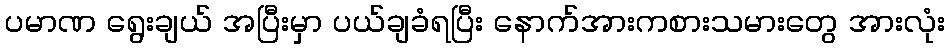
ပမာဏ ရွေးချယ် အပြီးမှာ ပယ်ချခံရပြီး နောက်အားကစားသမားတွေ အားလုံး